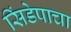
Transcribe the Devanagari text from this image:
सिंडेपाचा